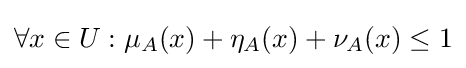
\forall x\in U:\mu _{A}(x)+\eta _{A}(x)+\nu _{A}(x)\leq 1